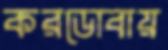
করডোবায়